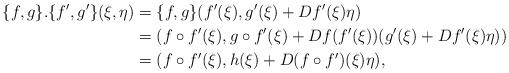
LaTeX: \begin{align*}\{f,g\}.\{f',g'\}(\xi,\eta)&=\{f,g\}(f'(\xi),g'(\xi)+Df'(\xi)\eta)\\*&=(f\circ f'(\xi),g\circ f'(\xi)+Df(f'(\xi))(g'(\xi)+Df'(\xi)\eta))\\*&=(f\circ f'(\xi),h(\xi)+D(f\circ f')(\xi)\eta),\end{align*}